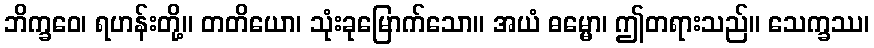
ဘိက္ခဝေ၊ ရဟန်းတို့။ တတိယော၊ သုံးခုမြောက်သော။ အယံ ဓမ္မော၊ ဤတရားသည်။ သေက္ခဿ၊